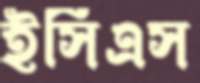
ইসিএস